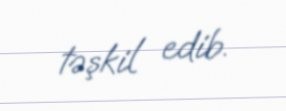
təşkil edib.